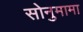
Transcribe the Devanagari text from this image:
सोनुमामा